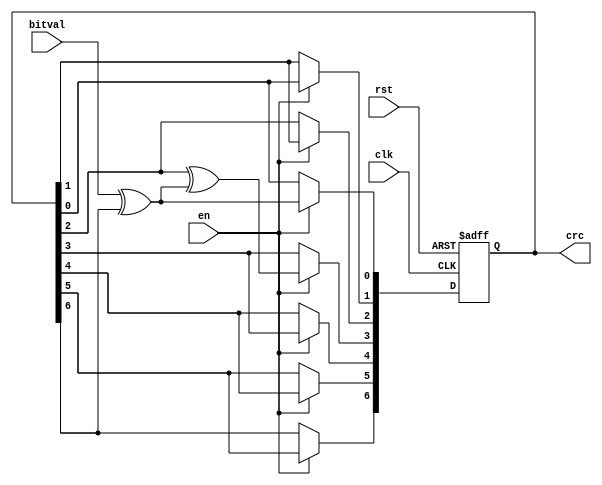
module sd_crc_7(
 input              bitval,     // Next input bit
 input              en,
 input              clk,        // Current bit valid (Clock)
 input              rst,        // Init crc value
 output reg [6:0]   crc         // Current output crc value
);

//Local Parameters
//Registers/Wires
wire         inv;

//Submodules
//Asynchronous Logic
//Synchronous Logic

assign inv = bitval ^ crc[6];                   // XOR required?

always @(posedge clk or posedge rst) begin
  if (rst) begin
    crc = 0;
  end
  else begin
    if (en==1) begin
      crc[6] = crc[5];
      crc[5] = crc[4];
      crc[4] = crc[3];
      crc[3] = crc[2] ^ inv;
      crc[2] = crc[1];
      crc[1] = crc[0];
      crc[0] = inv;
    end
  end
end

endmodule